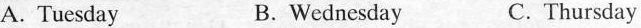
A. Tuesday B. Wednesday C. Thursday